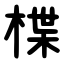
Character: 楪